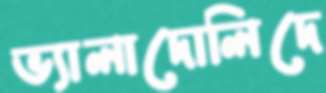
ভ্যালাদোলিদে